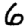
Digit: 6